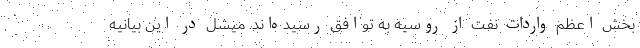
بخش اعظم واردات نفت از روسیه به توافق رسیده‌اند. میشل در این بیانیه